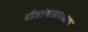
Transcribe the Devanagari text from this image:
पीतांबरसारखाच